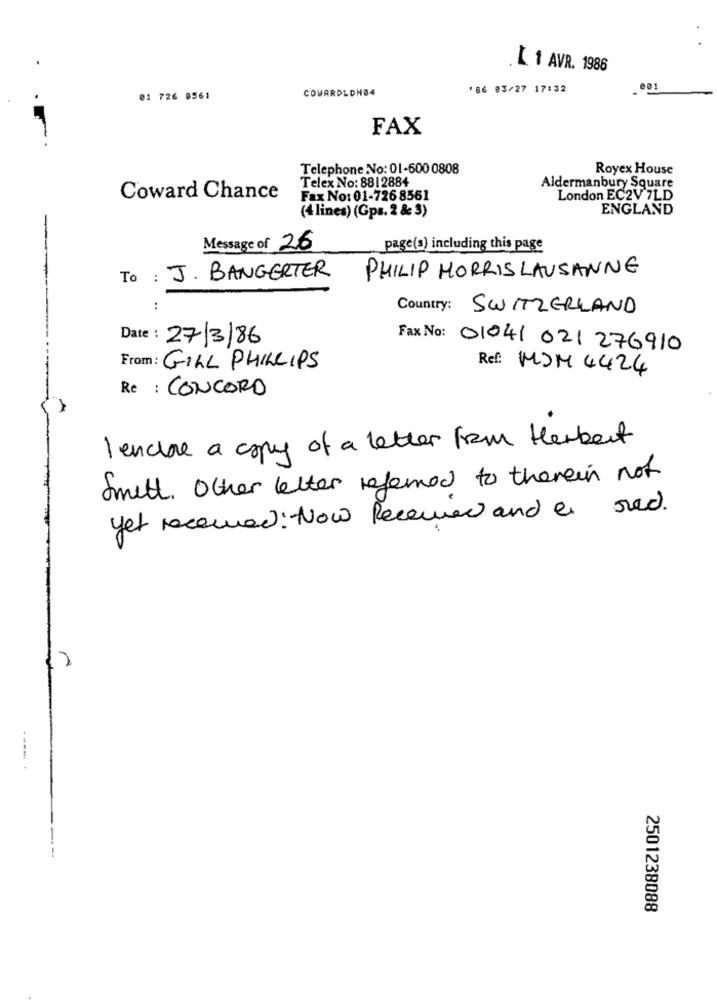
.L 1 AVR. 1986
COWARDLDNB4
'86 03/27 17:32
001
01 726 8561
FAX
Telephone No: 01-600 0808
Royex House
Telex No: 8812884
Aldermanbury Square
Coward Chance
Fax No: 01-726 8561
London EC2V 7LD
ENGLAND
(4 lines) (Gps. 2 & 3)
Message of 26
page(s) including this page
To : J. BANGERTER
PHILIP MORRIS LAUSANNE
..
Country: SWITZERLAND
Date: 27/3/86
Fax No: 01041 021 276910
From: GILL PHILLIPS
Ref: MOM 4424
Re : CONCORD
I enche a copy of a letter from Herbert
Smelt. Other letter refered to therein not
yet received: Now Received and a red.
2501238088